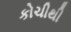
કોચીથી